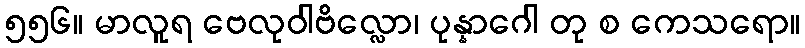
၅၅၆။ မာလူရ ဗေလုဝါဗိလ္လော၊ ပုန္နာဂေါ တု စ ကေသရော။